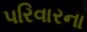
પરિવારના